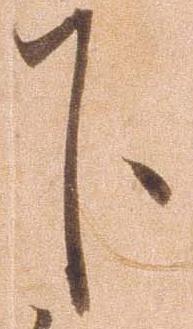
下